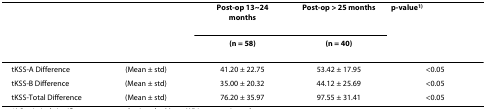
<table><thead><tr><td></td><td></td><td><b>Post-op 13~24 months</b></td><td><b>Post-op &gt; 25 months</b></td><td><b>p-value<sup>1)</sup></b></td></tr><tr><td></td><td></td><td><b>(n = 58)</b></td><td><b>(n = 40)</b></td><td></td></tr></thead><tbody><tr><td>tKSS-A Difference</td><td>(Mean ± std)</td><td>41.20 ± 22.75</td><td>53.42 ± 17.95</td><td>&lt;0.05</td></tr><tr><td>tKSS-B Difference</td><td>(Mean ± std)</td><td>35.00 ± 20.32</td><td>44.12 ± 25.69</td><td>&lt;0.05</td></tr><tr><td>tKSS-Total Difference</td><td>(Mean ± std)</td><td>76.20 ± 35.97</td><td>97.55 ± 31.41</td><td>&lt;0.05</td></tr></tbody></table>